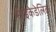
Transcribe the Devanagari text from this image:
साइकेडेलिक्